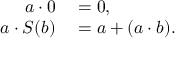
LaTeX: \begin{array} { r l } { a \cdot 0 } & { { } = 0 , } \\ { a \cdot S ( b ) } & { { } = a + ( a \cdot b ) . } \end{array}